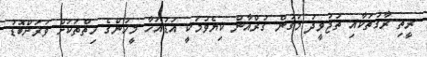
ރީތި ރާގުތަކާއި ތަޖުވީދު މަގުން ޤުރްއާން ކިޔެވުމަކީ އަޑުއަހާ މީހުންގެ ހިތްތަކަށް ވަރަށްބޮޑު